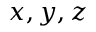
x , y , z